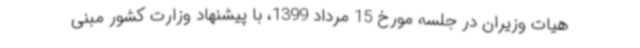
هیات وزیران در جلسه مورخ 15 مرداد 1399، با پیشنهاد وزارت کشور مبنی